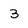
Character: 3